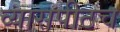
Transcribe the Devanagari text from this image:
व्यासपीठच